Annual report of the Civil Veterinary Department, Bengal, for the year 1896-97 - 1896-1897
Year: 1896
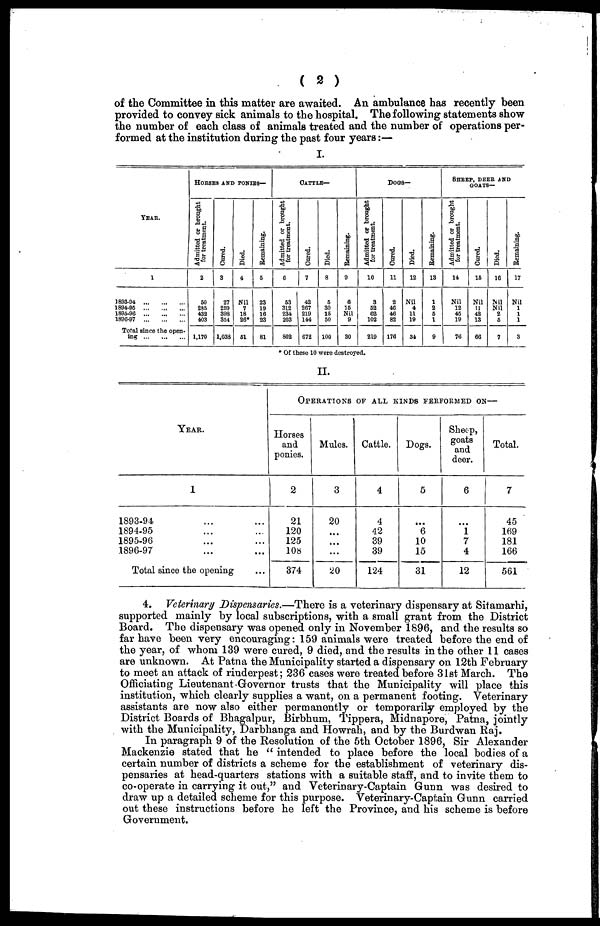
( 2 )
of the Committee in this matter are awaited. An ambulance has recently been
provided to convey sick animals to the hospital. The following statements show
the number of each class of animals treated and the number of operations per-
formed at the institution during the past four years:—
I.
YEAR.
1
1893-94
1894-95
1895-96
1896-97
Total since the open-
ing
...
...
...
HORSES AND PONIES—
Admitted or brought
for treatment.
2
50
285
432
403
1,170
Cured.
3
27
259
398
354
1,033
Died.
4
Nil
7
18
26*
51
Remaining.
5
23
19
16
23
81
CATTLE—
Admitted or brought
for treatment.
6
53
312
234
203
802
Cured.
7
42
267
219
144
672
Died.
8
5
30
15
50
100
Remaining.
9
6
15
Nil
9
30
Admitted or brought
for treatment.
10
3
52
62
102
219
DOGS-
Cured.
11
2
46
46
82
176
Died.
12
Nil
4
11
19
34
Remaining.
13
1
2
5
1
9
SHEEP, DEER AND
GOATS—
Admitted or brought
fur treatment.
14
Nil
12
45
19
76
Cured.
15
Nil
11
42
13
66
Died.
16
Nil
Nil
2
5
7
Remaining.
17
Nil
1
1
1
3
* Of these 10 were destroyed.
YEAR.
1
1893-94 ... ...
1894-95 ... ...
1895-96 ... ...
1896-97 ... ...
Total since the opening
OPERATIONS OF ALL KINDS PERFORMED ON—
Horses
and
ponies.
2
21
120
125
108
374
Mules.
3
20
...
...
...
20
Cattle.
4
4
42
39
39
124
Dogs.
5
...
6
10
15
31
Sheep,
goats
and
deer.
6
...
1
7
4
12
Total.
7
45
169
181
166
561
4. Veterinary Dispensaries.—There is a veterinary dispensary at Sitamarhi,
supported mainly by local subscriptions, with a small grant from the District
Board. The dispensary was opened only in November 1896, and the results so
far have been very encouraging: 159 animals were treated before the end of
the year, of whom 139 were cured, 9 died, and the results in the other 11 cases
are unknown. At Patna the Municipality started a dispensary on 12th February
to meet an attack of rinderpest; 236 cases were treated before 31st March. The
Officiating Lieutenant-Governor trusts that the Municipality will place this
institution, which clearly supplies a want, on a permanent footing. Veterinary
assistants are now also either permanently or temporarily employed by the
District Boards of Bhagalpur, Birbhum, Tippera, Midnapore, Patna, jointly
with the Municipality, Darbhanga and Howrah, and by the Burdwan Raj.
In paragraph 9 of the Resolution of the 5th October 1896, Sir Alexander
Mackenzie stated that he "intended to place before the local bodies of a
certain number of districts a scheme for the establishment of veterinary dis-
pensaries at head-quarters stations with a suitable staff, and to invite them to
co-operate in carrying it out," and Veterinary-Captain Gunn was desired to
draw up a detailed scheme for this purpose. Veterinary-Captain Gunn carried
out these instructions before he left the Province, and his scheme is before
Government.